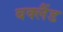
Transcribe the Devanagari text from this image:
बक्लैंड